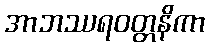
အာဘဿရဝတ္တနိကာ